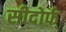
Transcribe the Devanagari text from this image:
सीदोर्फ्